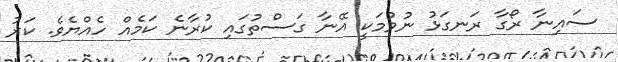
ސައިނާ ރޯގާ ރަނގަޅު ނުވުމަކީ އޭނާ ގަސްތުގައި ކުރާނެ ކަމެއް ހެއްޔެވެ. ކަރު